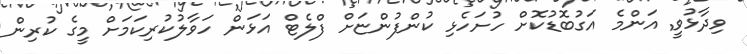
ވިދާޅުވީ